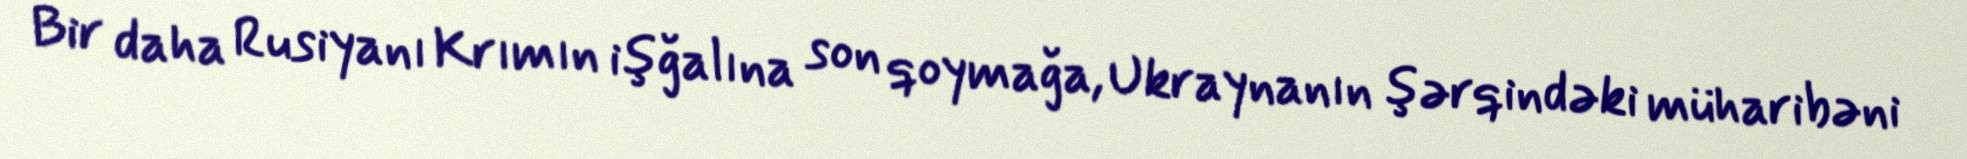
Bir daha Rusiyanı Krımın işğalına son qoymağa, Ukraynanın şərqindəki müharibəni